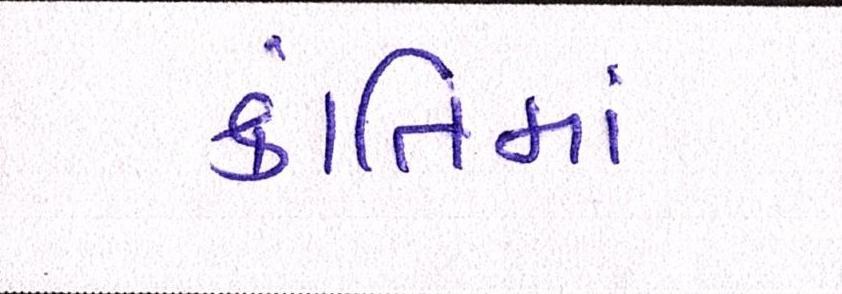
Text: ક્રાંતિમાં